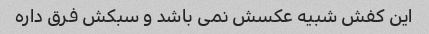
این کفش شبیه عکسش نمی باشد و سبکش فرق داره